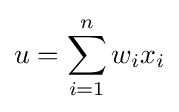
u=\sum _{i=1}^{n}w_{i}x_{i}